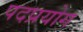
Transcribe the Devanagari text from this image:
पदप्रयोग